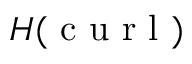
H ( \mathrm { ~ c ~ u ~ r ~ l ~ } )